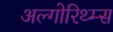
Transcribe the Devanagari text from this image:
अल्गोरिथ्म्स